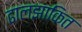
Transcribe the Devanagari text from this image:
ढालझाकित